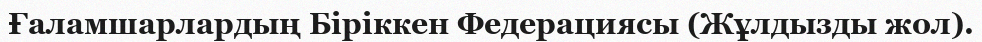
Ғаламшарлардың Біріккен Федерациясы (Жұлдызды жол).